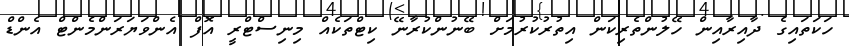
ހަކަތައިގެ ދާއިރާއިން ހޭލުންތެރިކަން އިތުރުކުރުމަށް ބޭނުންކުރާނޭ ކިޓްތަކެއް މިނިސްޓްރީ އޮފް އެންވަޔަރަންމެންޓް އެންޑް